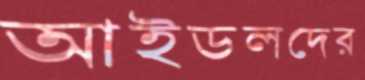
আইডলদের